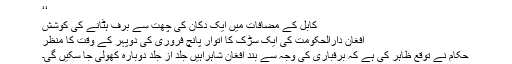
‘‘
کابل کے مضافات میں ایک دکان کی چھت سے برف ہٹانے کی کوشش
افغان دارالحکومت کی ایک سڑک کا اتوار پانچ فروری کی دوپہر کے وقت کا منظر
حکام نے توقع ظاہر کی ہے کہ برفباری کی وجہ سے بند افغان شاہراہیں جلد از جلد دوبارہ کھولی جا سکیں گی۔